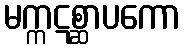
မက္ကဋစ္ဆာပကော